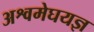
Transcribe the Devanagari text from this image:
अश्वमेघयज्ञ